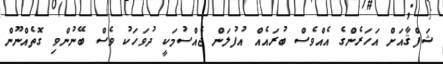
ޝަފްޤާއަށް އަހަރެންގެ އެއްވެސް ބުރައެއް އުފުލަން ޖެއްސުމަކީ ދުވަހަކު ވެސް ބޭނުންވި ގޮތެއްނޫން